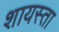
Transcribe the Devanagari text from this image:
शायस्ता